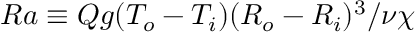
{ R a \equiv Q g ( T _ { o } - T _ { i } ) ( R _ { o } - R _ { i } ) ^ { 3 } / \nu \chi }